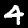
Label: 4